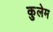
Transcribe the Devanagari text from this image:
कुलेम